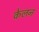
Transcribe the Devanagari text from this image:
केलन